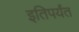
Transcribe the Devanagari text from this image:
इतिपर्यंत